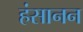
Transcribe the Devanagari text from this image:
हंसानन